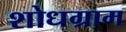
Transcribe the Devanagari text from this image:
शोधग्राम